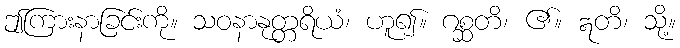
ဤကြားနာခြင်းကို။ သဝနာနုတ္တရိယံ၊ ဟူ၍။ ဂစ္ဆတိ၊ ၏။ ဣတိ၊ သို့။